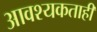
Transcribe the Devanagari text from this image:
आवश्यकताही